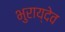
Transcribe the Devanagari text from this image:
भुराय्देव